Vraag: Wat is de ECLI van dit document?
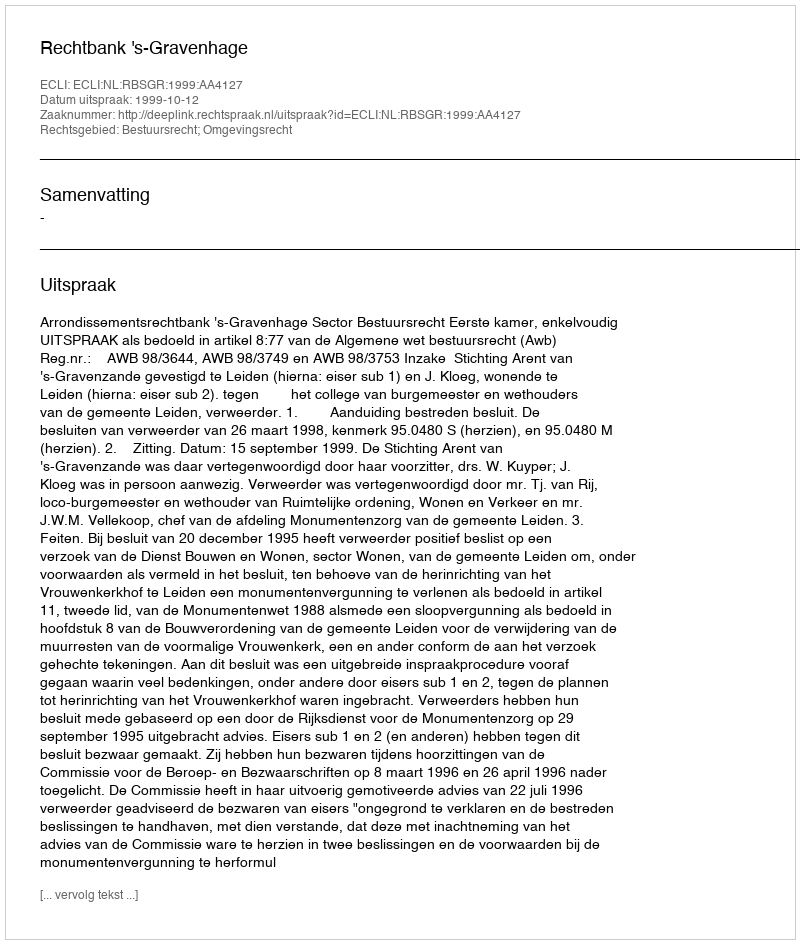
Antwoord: ECLI:NL:RBSGR:1999:AA4127